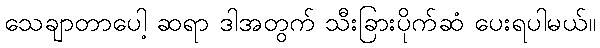
သေချာတာပေါ့ ဆရာ ဒါအတွက် သီးခြားပိုက်ဆံ ပေးရပါမယ်။